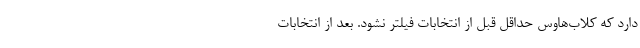
دارد که کلاب‌هاوس حداقل قبل از انتخابات فیلتر نشود. بعد از انتخابات